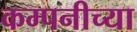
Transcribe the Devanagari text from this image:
कम्पनीच्या